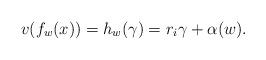
LaTeX: \begin{align*}v(f_w(x))=h_{w}(\gamma)= r_i \gamma + \alpha(w) .\end{align*}